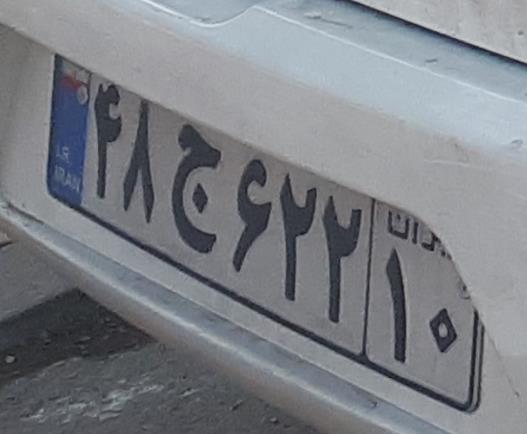
۴۸ج۶۲۲۱۰